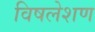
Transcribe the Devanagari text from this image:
विषलेशण